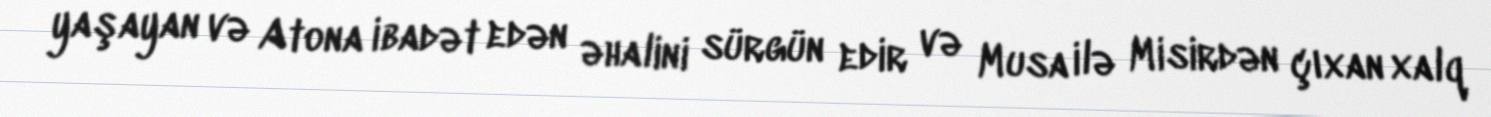
yaşayan və Atona ibadət edən əhalini sürgün edir və Musa ilə Misirdən çıxan xalq